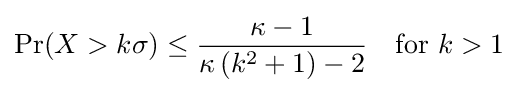
\Pr(X>k\sigma )\leq {\frac {\kappa -1}{\kappa \left(k^{2}+1\right)-2}}\quad {\text{for }}k>1